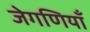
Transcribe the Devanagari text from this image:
जेगणियाँ